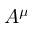
A ^ { \mu }